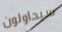
سيحاولون